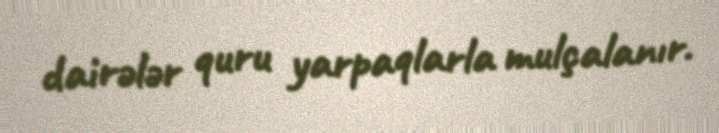
dairələr quru yarpaqlarla mulçalanır.